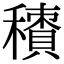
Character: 𥢼